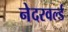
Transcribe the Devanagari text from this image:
नेदरवर्ल्ड